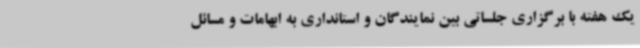
یک هفته با برگزاری جلساتی بین نمایندگان و استانداری به ابهامات و مسائل